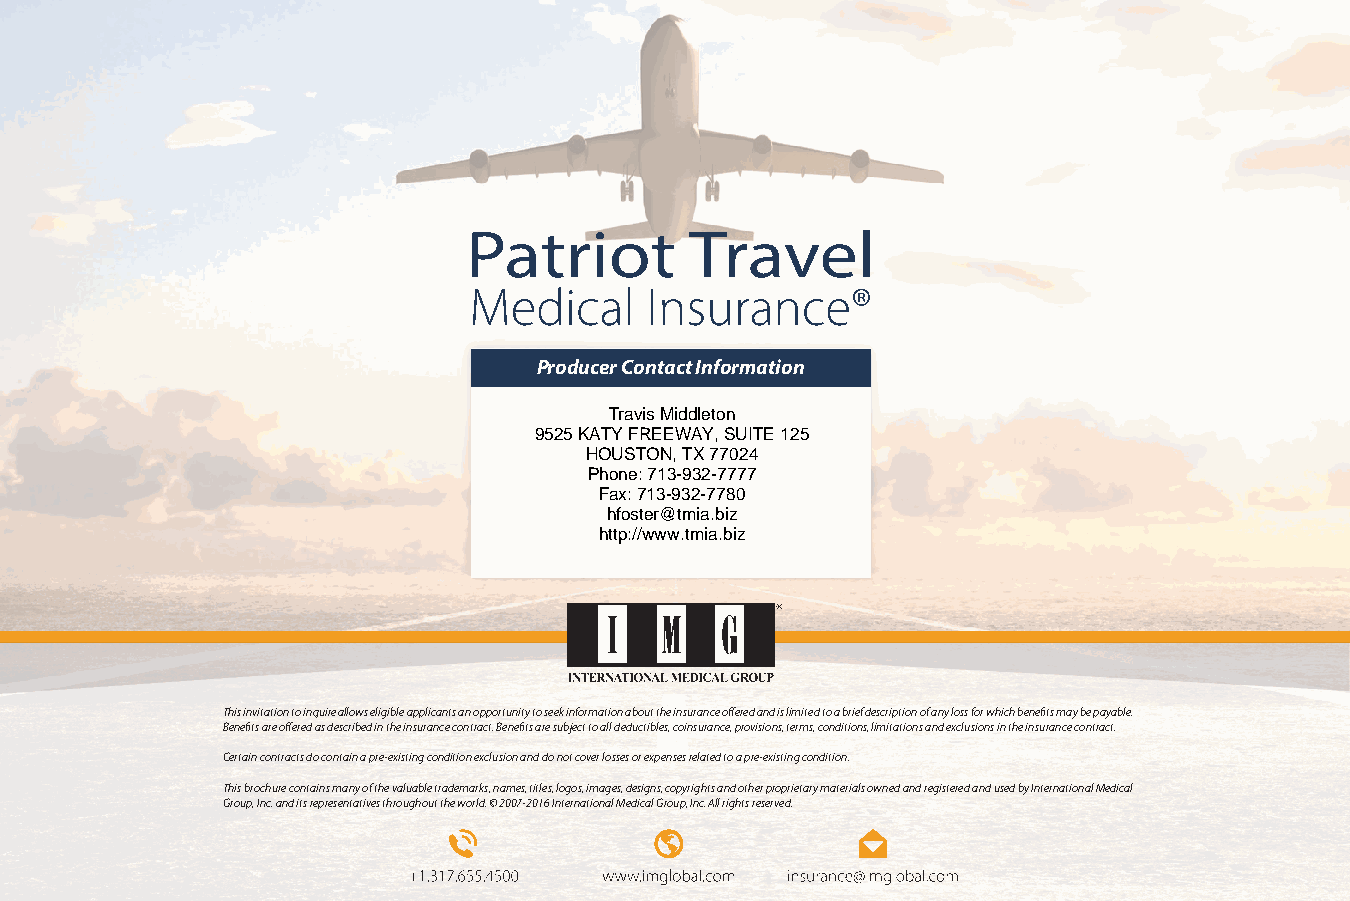
Producer Contact Information
 Travis Middleton
 9525 KATY FREEWAY, SUITE 125
 HOUSTON, TX 77024
 Phone: 713-932-7777
 Fax: 713-932-7780
 hfoster@tmia.biz
 http://www.tmia.biz
 This invitation to inquire allows eligible applicants an opportunity to seek information about the insurance offered and is limited to a brief description of any loss for which benefits may be payable.
 Benefits are offered as described in the insurance contract. Benefits are subject to all deductibles, coinsurance, provisions, terms, conditions, limitations and exclusions in the insurance contract.
 Certain contracts do contain a pre-existing condition exclusion and do not cover losses or expenses related to a pre-existing condition.
 This brochure contains many of the valuable trademarks, names, titles, logos, images, designs, copyrights and other proprietary materials owned and registered and used by International Medical
 Group, Inc. and its representatives throughout the world. © 2007-2016 International Medical Group, Inc. All rights reserved.